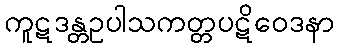
ကူဋဒန္တဥပါသကတ္တပဋိဝေဒနာ